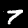
Digit: 7